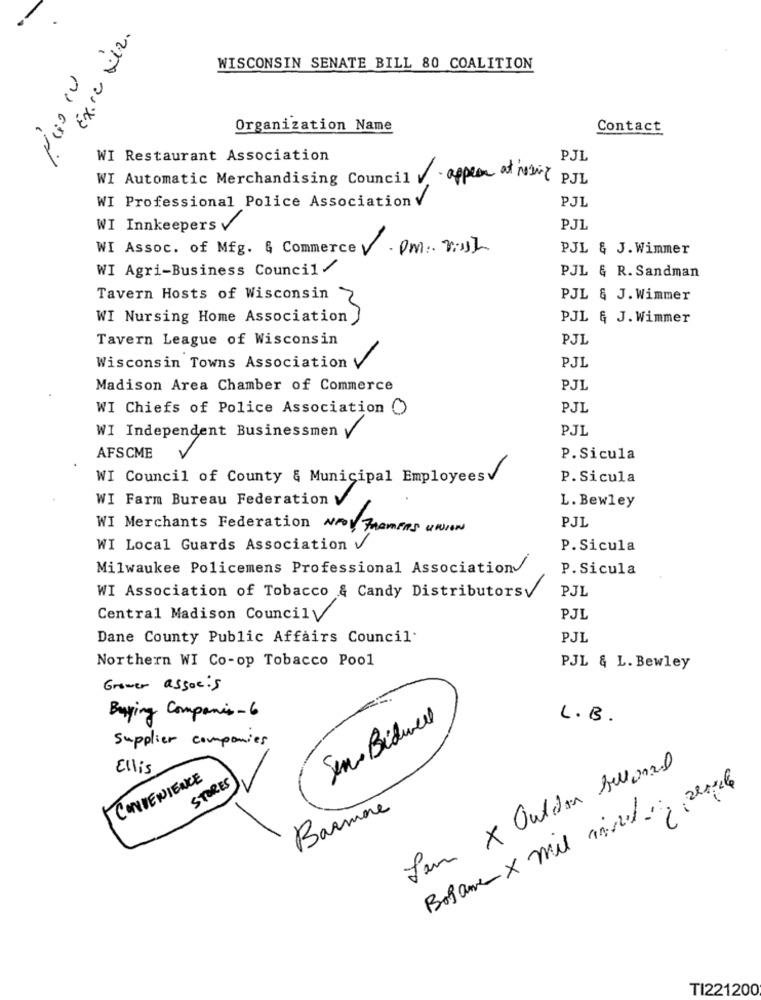
Exce Nez.
WISCONSIN SENATE BILL 80 COALITION
EX .
Organization Name
Contact
WI Restaurant Association
PJL
WI Automatic Merchandising Council . . appear af Navy PJL
PJL
WI Professional Police Association V
WI Innkeepers v
PJL
WI Assoc. of Mfg. & Commerce . Om :. 2.017
PJL & J. Wimmer
WI Agri-Business Council /
PJL & R. Sandman
Tavern Hosts of Wisconsin
PJL & J. Wimmer
WI Nursing Home Association
NO
PJL & J. Wimmer
Tavern League of Wisconsin
PJL
Wisconsin Towns Association V
PJL
Madison Area Chamber of Commerce
PJL
WI Chiefs of Police Association ()
PJL
PJL
WI Independent Businessmen
AFSCME
P. Sicula
WI Council of County & Municipal EmployeesV
P.Sicula
WI Farm Bureau Federation
L. Bewley
WI Merchants Federation NEW FramEns union
PJL
WI Local Guards Association V
P. Sicula
Milwaukee Policemens Professional Association
P.Sicula
WI Association of Tobacco & Candy Distributorsy
PJL
Central Madison Councily
PJL
Dane County Public Affairs Council
PJL
Northern WI Co-op Tobacco Pool
PJL & L. Bewley
Grower associs
Buying Companies - 6
Sem Bidwell
L.B.
Supplier companies
Ellis
CONVENIENCE
STORES
Bogame x mil consulting people
Barmore
TI221200